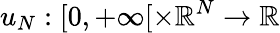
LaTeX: u_{N}:[0,+\infty[\times\mathbb{R}^{N}\to\mathbb{R}